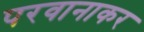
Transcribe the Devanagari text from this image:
परवानाकर